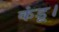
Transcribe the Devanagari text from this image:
कंडू।